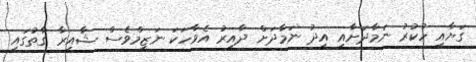
ގަޔާއި ހުކުރު ނަމާދަށާއި އީދު ނަމާދަށް ދާއިރު އެވާހަކަ ނަޒީމްވެސް ޝާއިރާ ގާތުގައި